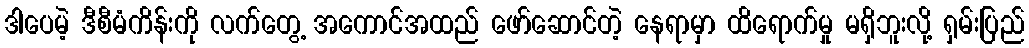
ဒါပေမဲ့ ဒီစီမံကိန်းကို လက်တွေ့ အကောင်အထည် ဖော်ဆောင်တဲ့ နေရာမှာ ထိရောက်မှု မရှိဘူးလို့ ရှမ်းပြည်